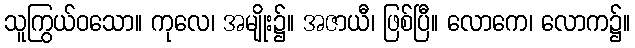
သူကြွယ်ဝသော။ ကုလေ၊ အမျိုး၌။ အဇာယီ၊ ဖြစ်ပြီ။ လောကေ၊ လောက၌။